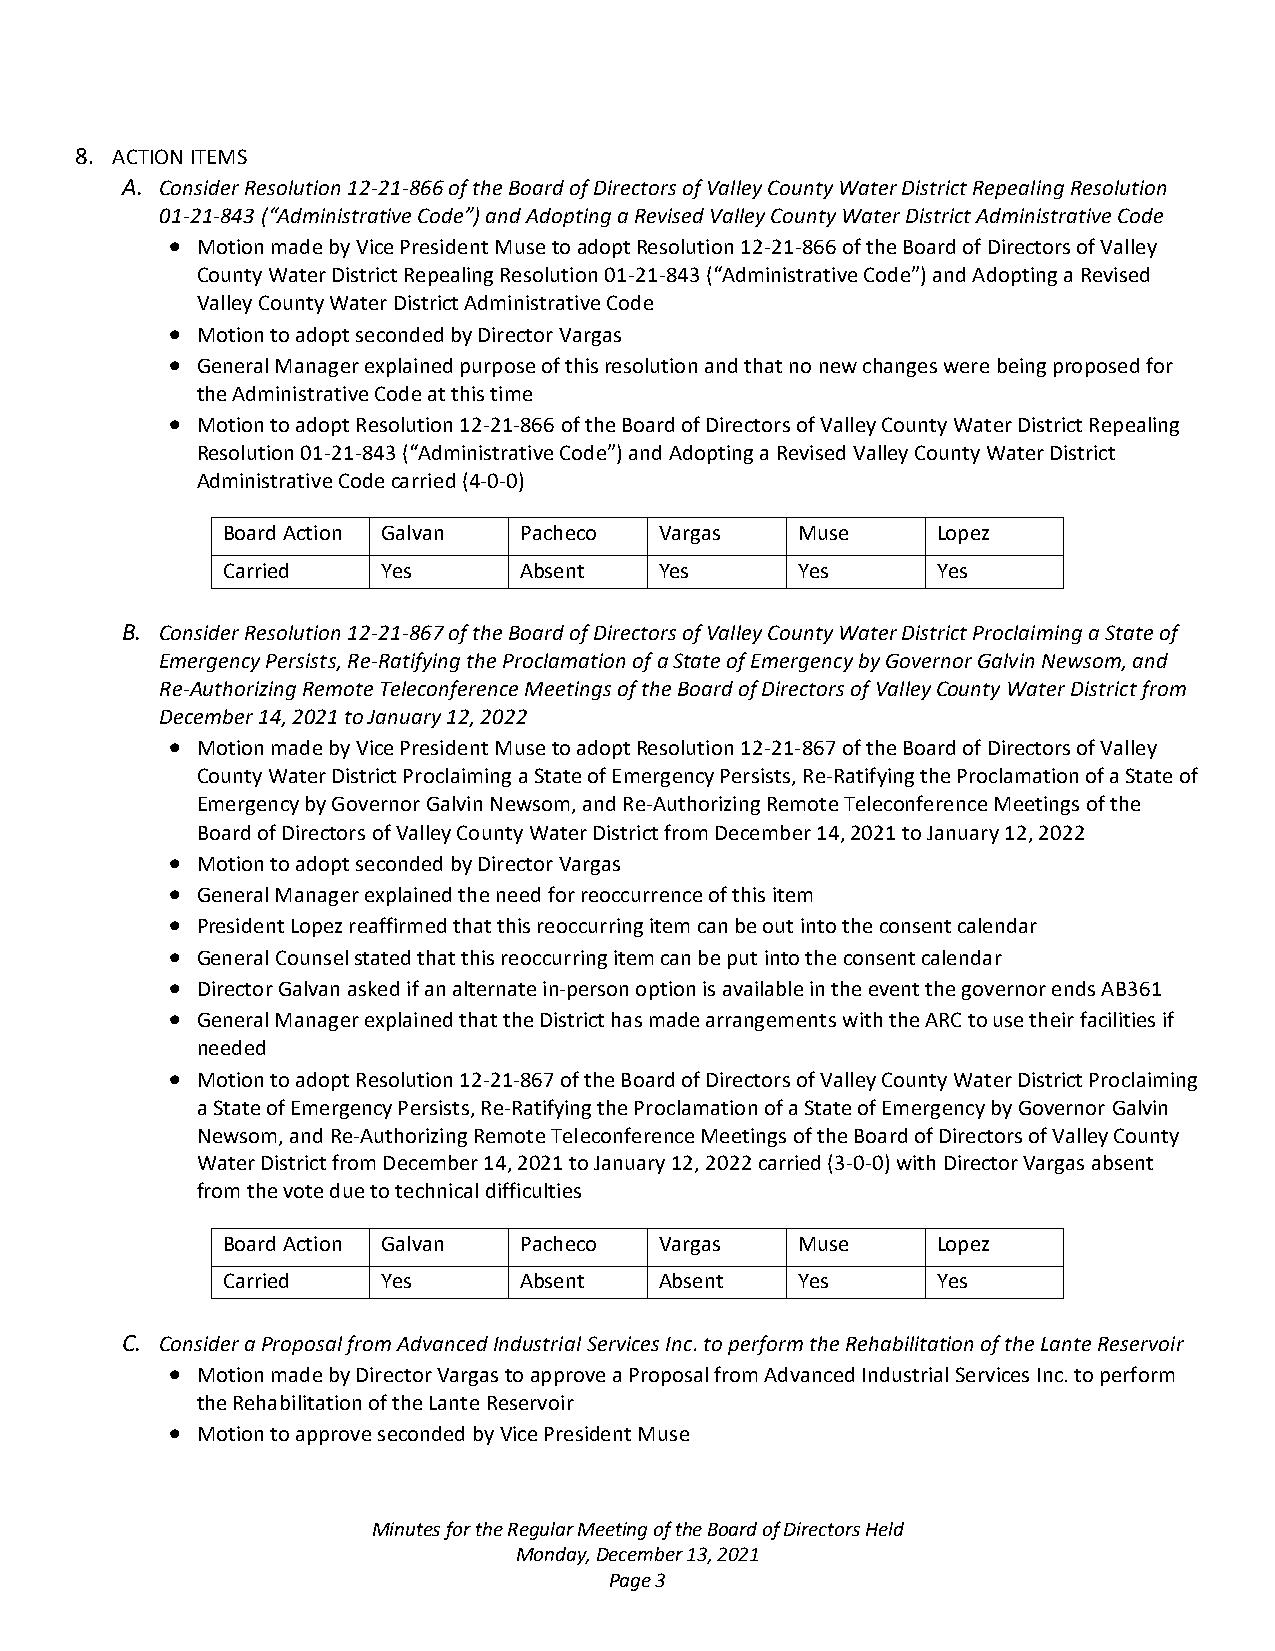
8. ACTION ITEMS
 A. Consider Resolution 12-21-866 of the Board of Directors of Valley County Water District Repealing Resolution
 01-21-843 (“Administrative Code”) and Adopting a Revised Valley County Water District Administrative Code
 • Motion made by Vice President Muse to adopt Resolution 12-21-866 of the Board of Directors of Valley
 County Water District Repealing Resolution 01-21-843 (“Administrative Code”) and Adopting a Revised
 Valley County Water District Administrative Code
 • Motion to adopt seconded by Director Vargas
 • General Manager explained purpose of this resolution and that no new changes were being proposed for
 the Administrative Code at this time
 • Motion to adopt Resolution 12-21-866 of the Board of Directors of Valley County Water District Repealing
 Resolution 01-21-843 (“Administrative Code”) and Adopting a Revised Valley County Water District
 Administrative Code carried (4-0-0)
 Board Action Galvan Pacheco  Vargas   Muse     Lopez
 Carried   Yes      Absent    Yes      Yes      Yes
 B. Consider Resolution 12-21-867 of the Board of Directors of Valley County Water District Proclaiming a State of
 Emergency Persists, Re-Ratifying the Proclamation of a State of Emergency by Governor Galvin Newsom, and
 Re-Authorizing Remote Teleconference Meetings of the Board of Directors of Valley County Water District from
 December 14, 2021 to January 12, 2022
 • Motion made by Vice President Muse to adopt Resolution 12-21-867 of the Board of Directors of Valley
 County Water District Proclaiming a State of Emergency Persists, Re-Ratifying the Proclamation of a State of
 Emergency by Governor Galvin Newsom, and Re-Authorizing Remote Teleconference Meetings of the
 Board of Directors of Valley County Water District from December 14, 2021 to January 12, 2022
 • Motion to adopt seconded by Director Vargas
 • General Manager explained the need for reoccurrence of this item
 • President Lopez reaffirmed that this reoccurring item can be out into the consent calendar
 • General Counsel stated that this reoccurring item can be put into the consent calendar
 • Director Galvan asked if an alternate in-person option is available in the event the governor ends AB361
 • General Manager explained that the District has made arrangements with the ARC to use their facilities if
 needed
 • Motion to adopt Resolution 12-21-867 of the Board of Directors of Valley County Water District Proclaiming
 a State of Emergency Persists, Re-Ratifying the Proclamation of a State of Emergency by Governor Galvin
 Newsom, and Re-Authorizing Remote Teleconference Meetings of the Board of Directors of Valley County
 Water District from December 14, 2021 to January 12, 2022 carried (3-0-0) with Director Vargas absent
 from the vote due to technical difficulties
 Board Action Galvan Pacheco  Vargas   Muse     Lopez
 Carried   Yes      Absent    Absent   Yes      Yes
 C. Consider a Proposal from Advanced Industrial Services Inc. to perform the Rehabilitation of the Lante Reservoir
 • Motion made by Director Vargas to approve a Proposal from Advanced Industrial Services Inc. to perform
 the Rehabilitation of the Lante Reservoir
 • Motion to approve seconded by Vice President Muse
 Minutes for the Regular Meeting of the Board of Directors Held
 Monday, December 13, 2021
 Page 3